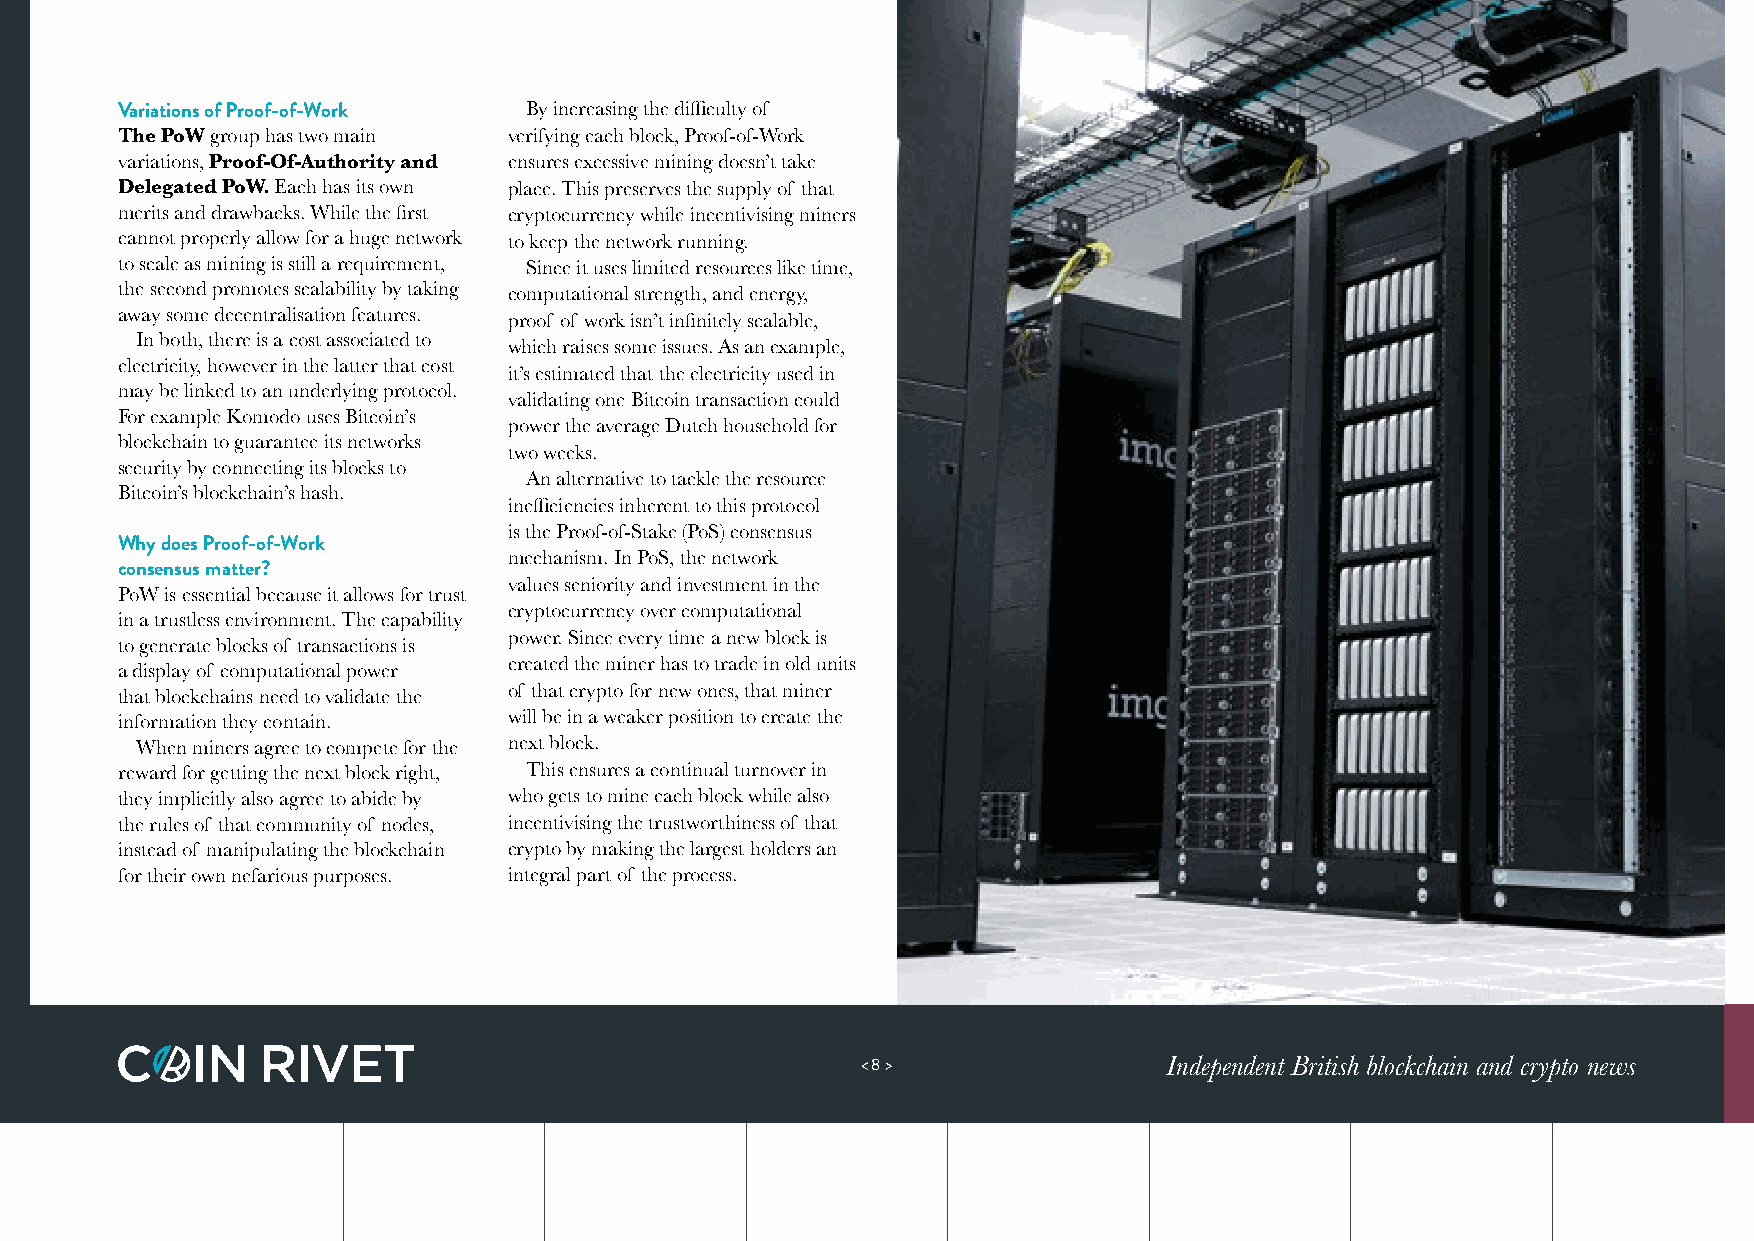
Variations of Proof-of-Work By increasing the difficulty of
 The PoW group has two main verifying each block, Proof-of-Work
 variations, Proof-Of-Authority and ensures excessive mining doesn’t take
 Delegated PoW. Each has its own place. This preserves the supply of that
 merits and drawbacks. While the first cryptocurrency while incentivising miners
 cannot properly allow for a huge network to keep the network running.
 to scale as mining is still a requirement, Since it uses limited resources like time,
 the second promotes scalability by taking computational strength, and energy,
 away some decentralisation features. proof of work isn’t infinitely scalable,
 In both, there is a cost associated to
 which raises some issues. As an example,
 electricity, however in the latter that cost
 it’s estimated that the electricity used in
 may be linked to an underlying protocol.
 validating one Bitcoin transaction could
 For example Komodo uses Bitcoin’s
 power the average Dutch household for
 blockchain to guarantee its networks
 two weeks.
 security by connecting its blocks to
 An alternative to tackle the resource
 Bitcoin’s blockchain’s hash.
 inefficiencies inherent to this protocol
 is the Proof-of-Stake (PoS) consensus
 Why does Proof-of-Work
 mechanism. In PoS, the network
 consensus matter?
 values seniority and investment in the
 PoW is essential because it allows for trust
 cryptocurrency over computational
 in a trustless environment. The capability
 power. Since every time a new block is
 to generate blocks of transactions is
 created the miner has to trade in old units
 a display of computational power
 of that crypto for new ones, that miner
 that blockchains need to validate the
 information they contain. will be in a weaker position to create the
 When miners agree to compete for the next block.
 reward for getting the next block right, This ensures a continual turnover in
 they implicitly also agree to abide by who gets to mine each block while also
 the rules of that community of nodes, incentivising the trustworthiness of that
 instead of manipulating the blockchain crypto by making the largest holders an
 for their own nefarious purposes. integral part of the process.
 < 8 >               Independent British blockchain and crypto news